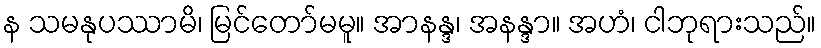
န သမနုပဿာမိ၊ မြင်တော်မမူ။ အာနန္ဒ၊ အနန္ဒာ။ အဟံ၊ ငါဘုရားသည်။